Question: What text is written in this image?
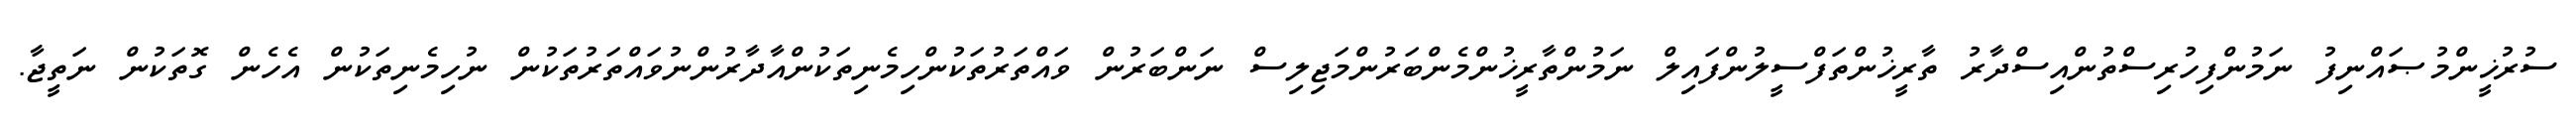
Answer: ސުރުޚީންމުޞައްނިފު ނަމުންފިހުރިސްތުންއިސްދާރު ތާރީޚުންތަފްސީލުންފައިލް ނަމުންތާރީޚުންމެންބަރުންމަޖިލިސް ނަންބަރުން ވައްތަރުތަކުންހިމެނިތަކުންއާދާރުންނުވައްތަރުތަކުން ނުހިމެނިތަކުން އެހެން ގޮތަކުން ނަތީޖާ.